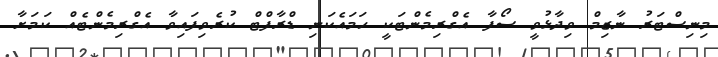
މިނިސްޓަރު ނާޒިމް ވިދާޅުވީ ސޯފާ އެގްރިމެންޓަކީ ހަމައެކަނި ޑްރާފްޓް ކުރެވިފައިވާ އެގްރިމެންޓެއް ކަމަށާ